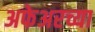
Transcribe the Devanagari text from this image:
अफेअरच्या